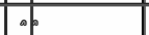
٥٦